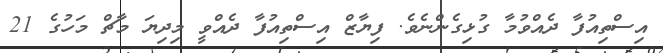
އިސްތިއުފާ ދެއްވުމާ ގުޅިގެންނެވެ. ފިޔާޒް އިސްތިއުފާ ދެއްވީ މިދިޔަ މާޗް މަހުގެ 21